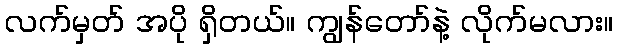
လက်မှတ် အပို ရှိတယ်။ ကျွန်တော်နဲ့ လိုက်မလား။